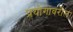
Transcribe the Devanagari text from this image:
प्रयोगावरील